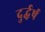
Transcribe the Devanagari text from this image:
दुर्द्धर्ष